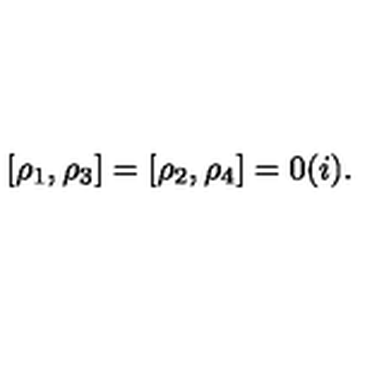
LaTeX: [ \rho _ { 1 } , \rho _ { 3 } ] = [ \rho _ { 2 } , \rho _ { 4 } ] = 0 ( i ) .